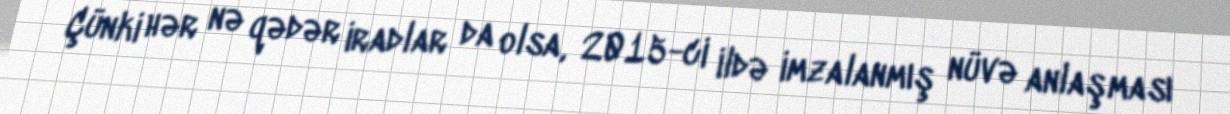
Çünki hər nə qədər iradlar da olsa, 2015-ci ildə imzalanmış nüvə anlaşması